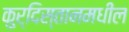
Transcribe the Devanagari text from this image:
कुर्दिस्तानमधील